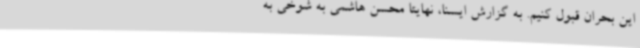
این بحران قبول کنیم. به گزارش ایسنا، نهایتا محسن هاشمی به شوخی به